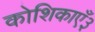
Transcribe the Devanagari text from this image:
कोशिकाएँ३